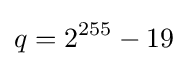
q=2^{255}-19